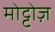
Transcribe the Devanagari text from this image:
मोट्टोज़